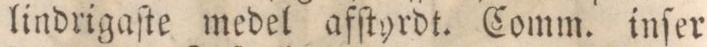
lindrigaſte medel afſtyrdt. Comm. inſer